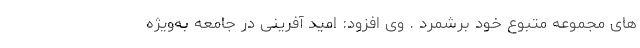
های مجموعه متبوع خود برشمرد . وی افزود: امید آفرینی در جامعه به‌ویژه